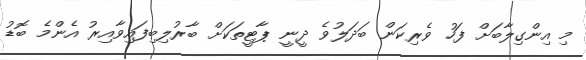
މި އިންގިލާބަށް ފަހު ވެރިކަން ބަދަލުވެ ދީނީ ޕާޓީތަކަށް ބާރުލިބިފައިވާއިރު އެންމެ ބޮޑު